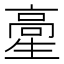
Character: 𩫍